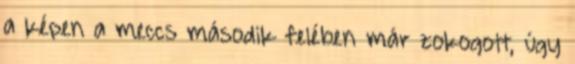
a képen a meccs második felében már zokogott, úgy